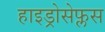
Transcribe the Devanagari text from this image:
हाइड्रोसेफ्लस